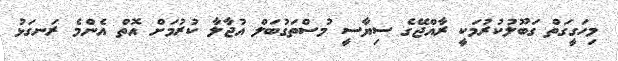
މިހަގީގަތް ގަބޫލުކުރުމަކީ ރާއްޖޭގެ ސިޔާސީ މުސްތަގުބަލް އުޖާލާ ކުރުމަށް އޮތް އެންމެ ރަނގަޅު